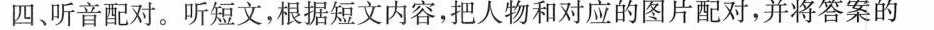
四、听音配对。听短文，根据短文内容，把人物和对应的图片配对，并将答案的